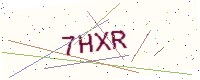
Text: 7HXR